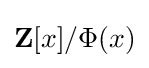
\mathbf {Z} [x]/\Phi (x)